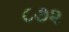
૮૭૨